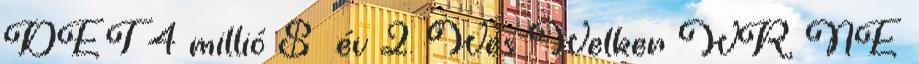
DET 4 millió $ év 2. Wes Welker WR, NE